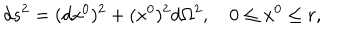
LaTeX: d s ^ { 2 } = ( d x ^ { 0 } ) ^ { 2 } + ( x ^ { 0 } ) ^ { 2 } d \Omega ^ { 2 } , \quad 0 \le x ^ { 0 } \le r ,